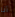
أنا